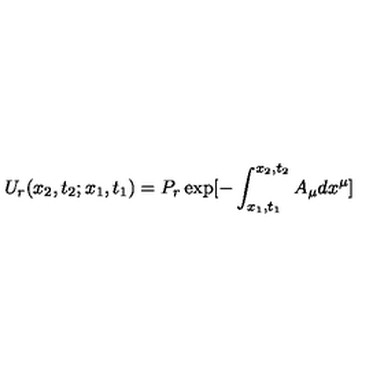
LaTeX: U _ { r } ( x _ { 2 } , t _ { 2 } ; x _ { 1 } , t _ { 1 } ) = P _ { r } \exp [ - \int _ { x _ { 1 } , t _ { 1 } } ^ { x _ { 2 } , t _ { 2 } } A _ { \mu } d x ^ { \mu } ]